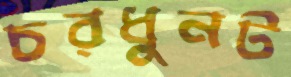
চরধুনট